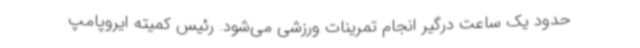
حدود یک ساعت درگیر انجام تمرینات ورزشی می‌شود. رئیس کمیته ایروپامپ